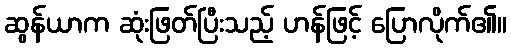
ဆွန်ယာက ဆုံးဖြတ်ပြီးသည့် ဟန်ဖြင့် ပြောလိုက်၏။